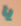
يا